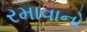
રમાવાનો